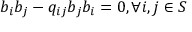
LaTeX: b _ { i } b _ { j } - q _ { i j } b _ { j } b _ { i } = 0 , \forall i , j \in S